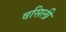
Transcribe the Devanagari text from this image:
वसिली